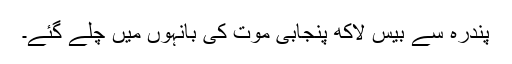
پندرہ سے بیس لاکھ پنجابی موت کی بانہوں میں چلے گئے۔